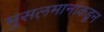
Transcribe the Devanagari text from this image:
मुसलमानांकडून